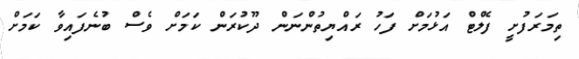
ތިމަރަފުށީ ފެލްޓް އަޅުމަށް ފަހު ރައްޔިތުންނަން ދޫކުރަން ކަމަށް ވެސް ބުނެފައިވާ ކަމަށް